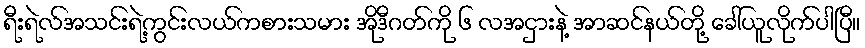
ရီးရဲလ်အသင်းရဲ့ကွင်းလယ်ကစားသမား အိုဒီဂတ်ကို ၆ လအငှားနဲ့ အာဆင်နယ်တို့ ခေါ်ယူလိုက်ပါပြီ။